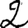
Digit: 2